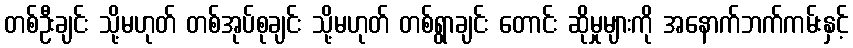
တစ်ဦးချင်း သို့မဟုတ် တစ်အုပ်စုချင်း သို့မဟုတ် တစ်ရွာချင်း တောင်း ဆိုမှုများကို အနောက်ဘက်ကမ်းနှင့်